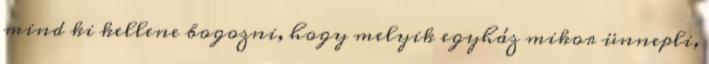
mind ki kellene bogozni, hogy melyik egyház mikor ünnepli,